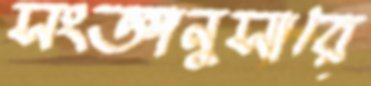
সংজ্ঞানুসারে